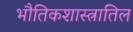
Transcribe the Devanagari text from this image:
भौतिकशास्त्रातिल